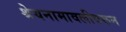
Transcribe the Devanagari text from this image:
श्रेयनामावलीवरून